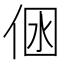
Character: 𠉢